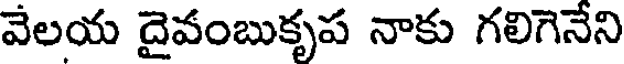
వేలయ దైవంబుకృప నాకు గలిగెనేని